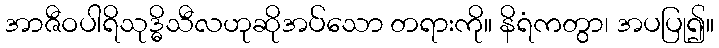
အာဇီဝပါရိသုဒ္ဓိသီလဟုဆိုအပ်သော တရားကို။ နိရံကတွာ၊ အပပြု၍။